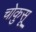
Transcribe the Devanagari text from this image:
चोकुसू